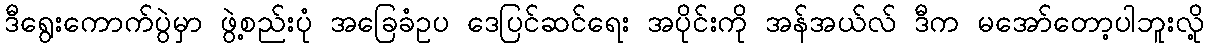
ဒီရွေးကောက်ပွဲမှာ ဖွဲ့စည်းပုံ အခြေခံဥပ ဒေပြင်ဆင်ရေး အပိုင်းကို အန်အယ်လ် ဒီက မအော်တော့ပါဘူးလို့